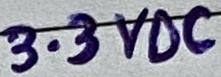
Text: 3.3VDC